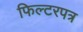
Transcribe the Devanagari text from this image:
फिल्टरपत्र